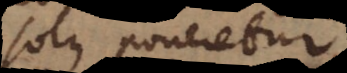
solus poneretur.